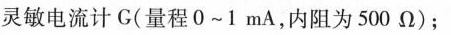
灵敏电流计G(量程0~1mA，内阻为500\Omega)；